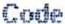
CODE